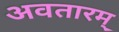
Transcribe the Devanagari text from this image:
अवतारम्